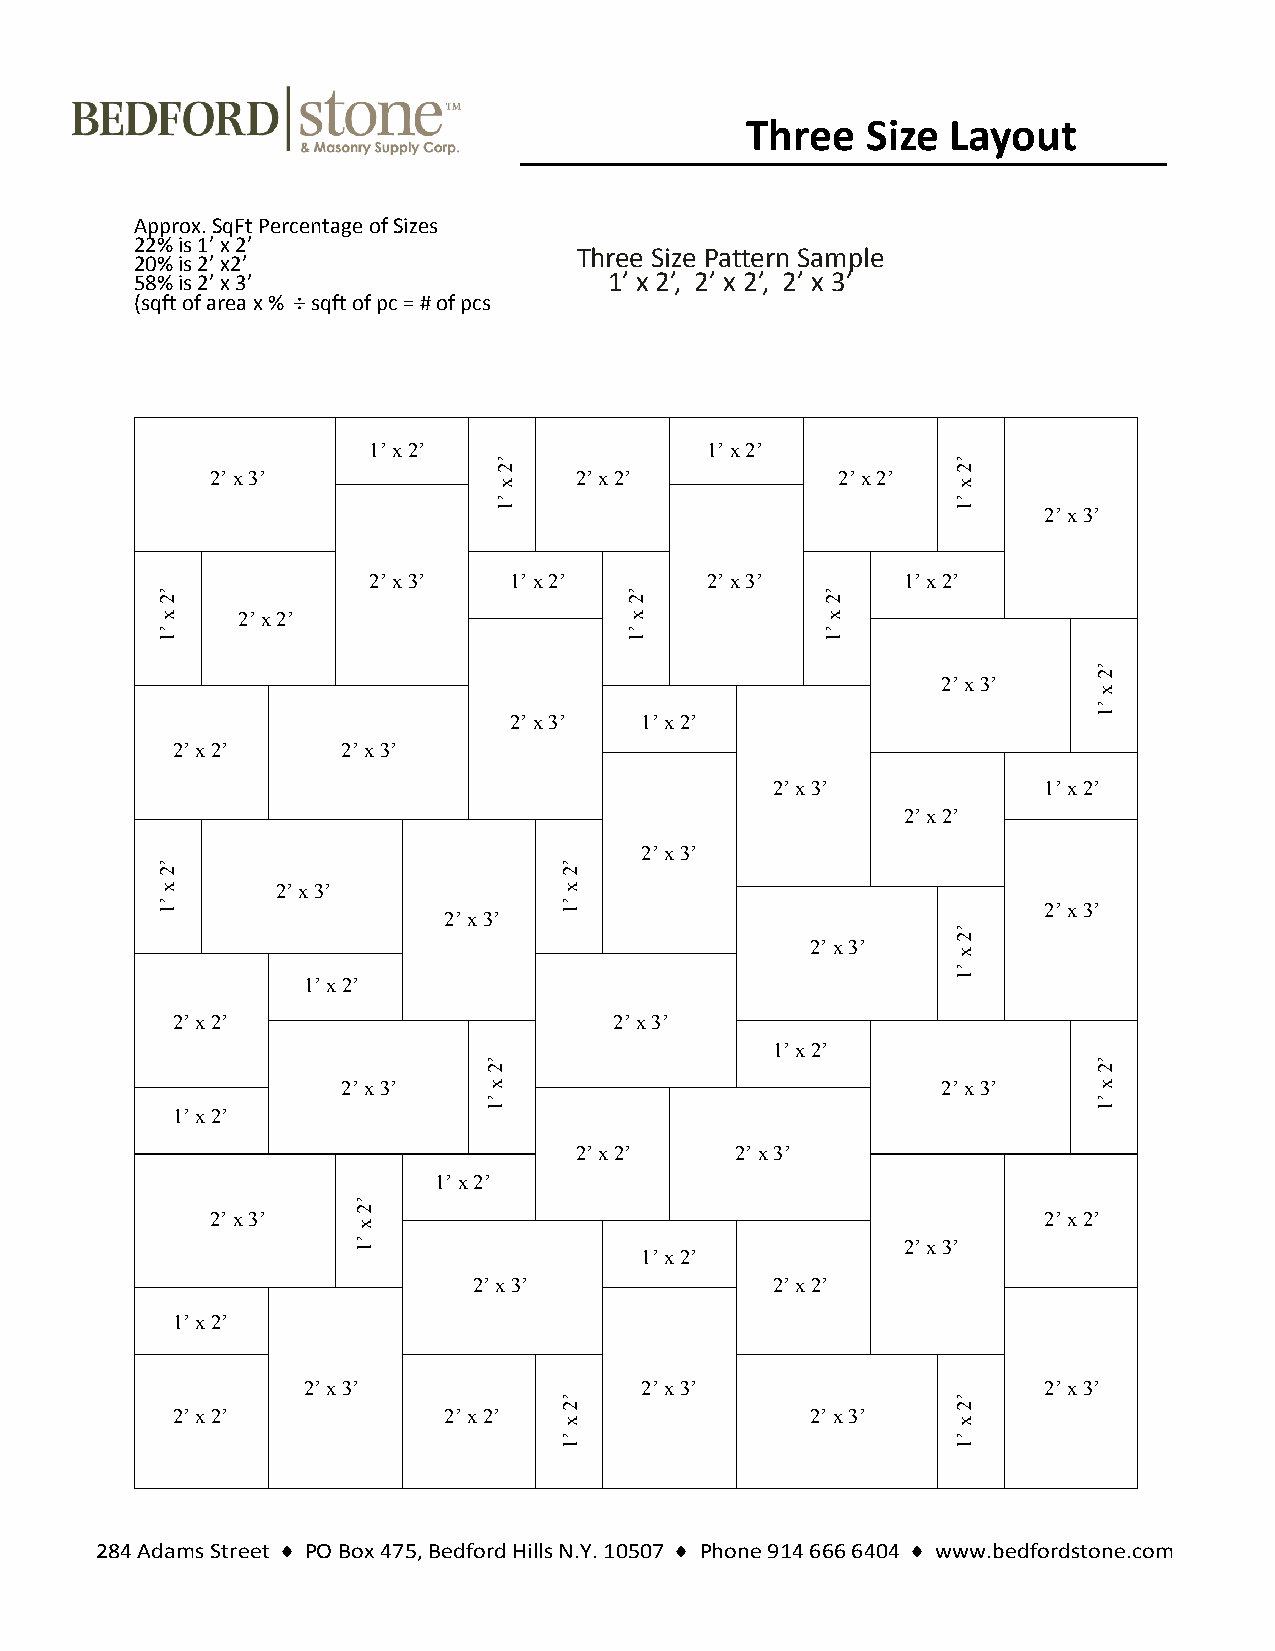
Three   Size  Layout
 Approx. SqFt Percentage of Sizes
 22% is 1’ x 2’
 Three Size Pattern Sample
 20% is 2’ x2’
 58% is 2’ x 3’                 1’ x 2’, 2’ x 2’, 2’ x 3’
 (sqft of area x % ÷ sqft of pc = # of pcs
 1’ x 2’                1’ x 2’
 ’                             ’
 2                             2
 2’ x 3’
 x
 2’ x 2’          2’ x 2’
 x
 ’                             ’
 1                             1     2’ x 3’
 2’ x 3’   1’ x 2’      2’ x 3’      1’ x 2’
 ’                              ’             ’
 2                              2             2
 x     2’ x 2’                  x             x
 ’                              ’             ’
 1                              1             1
 ’
 2
 2’ x 3’
 x
 ’
 2’ x 3’ 1’ x 2’                        1
 2’ x 2’     2’ x 3’
 2’ x 3’           1’ x 2’
 2’ x 2’
 2’ x 3’
 ’                          ’
 2                          2
 x       2’ x 3’            x
 ’ 1                2’ x 3’ ’ 1                             2’ x 3’
 ’
 2
 2’ x 3’
 x
 ’
 1’ x 2’                                    1
 2’ x 2’                       2’ x 3’
 1’ x 2’
 ’                                        ’
 2                                        2
 2’ x 3’  x                             2’ x 3’    x
 ’                                        ’
 1’ x 2’              1                                        1
 2’ x 2’    2’ x 3’
 1’ x 2’
 ’
 2
 2’ x 3’
 x
 2’ x 2’
 ’ 1                1’ x 2’           2’ x 3’
 2’ x 3’             2’ x 2’
 1’ x 2’
 2’ x 3’               2’ x 3’                    2’ x 3’
 ’                         ’
 2                         2
 2’ x 2’           2’ x 2’
 x
 2’ x 3’
 x
 ’                         ’
 1                         1
 284 Adams Street ♦ PO Box 475, Bedford Hills N.Y. 10507 ♦ Phone 914 666 6404 ♦ www.bedfordstone.com